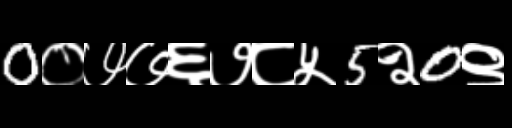
Text: 0०७७६७८५5२0९